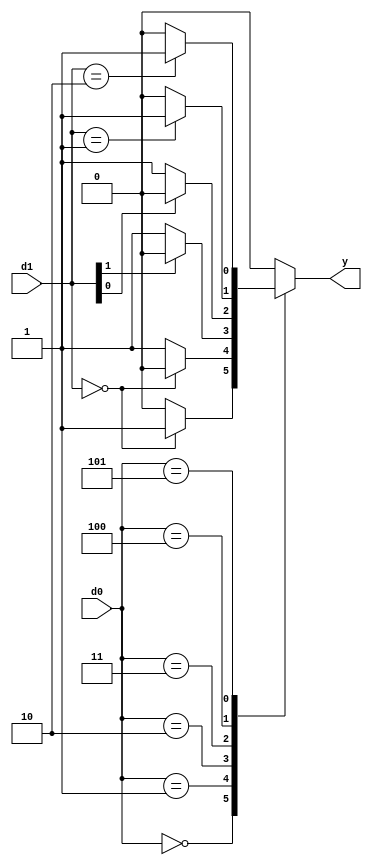
/***************/
/* is_branch.v */
/***************/

//           +----+
//  d0[2:0]->|    |
//  d1[1:0]->|    |->y
//           +----+

`define    EQ   3'b000  // ==
`define    NEQ  3'b001  // !=
`define    GE   3'b010  // >=
`define    LE   3'b011  // <=
`define    GT   3'b100  // >
`define    LT   3'b101  // <
`define    X    3'b110  //

module is_branch (d0, d1, y);  // 
  input  [2:0] d0;          //  d0, main_ctrl 
  input  [1:0] d1;          //  d1, alu 
  output  y;                //   y

  reg   y_temp;
 
  always @(d0 or d1) begin
    case (d0)
          `EQ:      y_temp = (d1 == 2'b00) ? 1'b1 : 1'b0;
         `NEQ:      y_temp = (d1 == 2'b00) ? 1'b0 : 1'b1;
          `GE:      y_temp = (d1[1] == 1'b0) ? 1'b1 : 1'b0;
          `LE:      y_temp = (d1[0] == 1'b0) ? 1'b1 : 1'b0;
          `GT:      y_temp = (d1 == 2'b01) ? 1'b1 : 1'b0;
          `LT:      y_temp = (d1 == 2'b10) ? 1'b1 : 1'b0;
           `X:      y_temp = 1'b0;
      default:      y_temp = 1'b0;
    endcase
  end

  assign y = y_temp;

endmodule